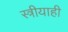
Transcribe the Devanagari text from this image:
स्त्रीयाही